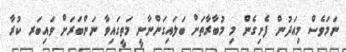
ނަމަވެސް މިއަދުން ފެށިގެން މި މުބާރާތަށް ބަލައިގަންނާނީ މަތީގައިވާ ނަންބަރަށް ވައިބަރ ކުރާ